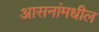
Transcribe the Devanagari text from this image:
आसनांमधील